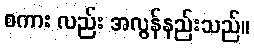
စကား လည်း အလွန်နည်းသည်။